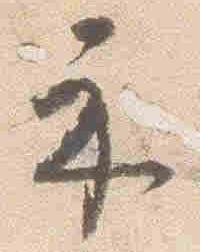
示